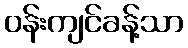
ဝန်းကျင်ခန့်သာ